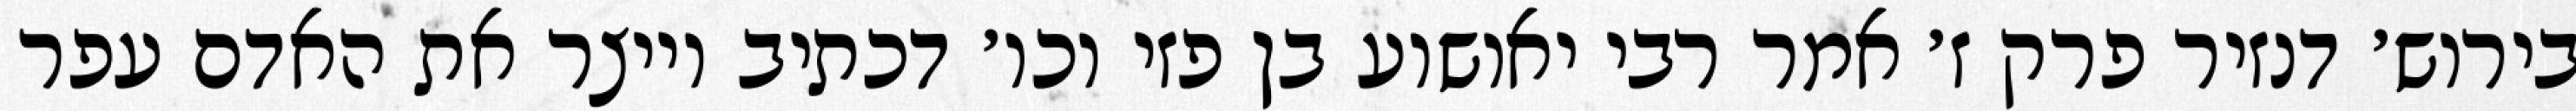
בירוש׳ דנזיר פרק ז׳ אמר רבי יאושוע בן פזי וכו׳ דכתיב וייצר את האדם עפר